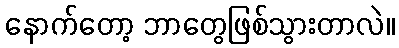
နောက်တော့ ဘာတွေဖြစ်သွားတာလဲ။